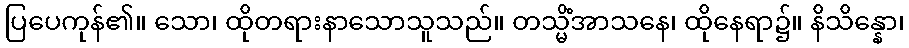
ပြပေကုန်၏။ သော၊ ထိုတရားနာသောသူသည်။ တသ္မိံအာသနေ၊ ထိုနေရာ၌။ နိသိန္နော၊